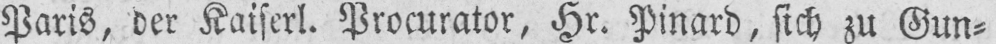
Paris, der Kaiserl. Procurator, Hr. Pinard, sich zu Gun⸗